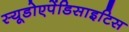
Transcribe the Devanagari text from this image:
स्यूडोएपेंडिसाइटिस